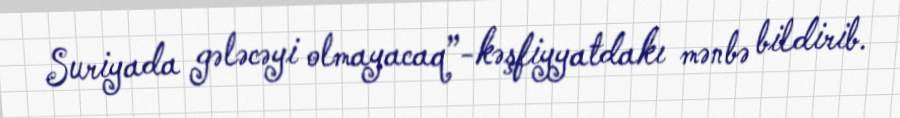
Suriyada gələcəyi olmayacaq”-kəşfiyyatdakı mənbə bildirib.